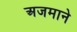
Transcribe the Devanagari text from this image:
अजमाने